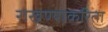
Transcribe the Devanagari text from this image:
राखण्याकरिता